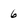
Character: 6